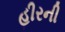
હીરની